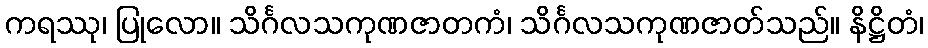
ကရဿု၊ ပြုလော။ သိင်္ဂလသကုဏဇာတကံ၊ သိင်္ဂလသကုဏဇာတ်သည်။ နိဋ္ဌိတံ၊